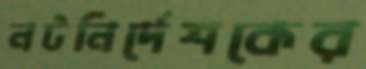
নটনির্দেশকের